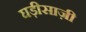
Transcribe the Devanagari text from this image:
घड़ीसाज़ी